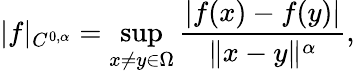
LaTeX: |f|_{C^{0,\alpha}}=\operatorname*{sup}_{x\neq y\in\Omega}{\frac{|f(x)-f(y)|}{\| x-y\| ^{\alpha}}},